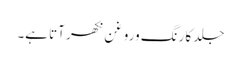
جلد کا رنگ وروغن نکھر آتا ہے۔